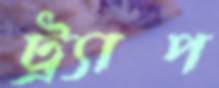
ট্র্যাপ